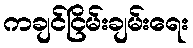
ကချင်ငြိမ်းချမ်းရေး